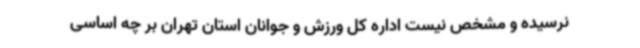
نرسیده و مشخص نیست اداره کل ورزش و جوانان استان تهران بر چه اساسی